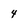
Character: 4